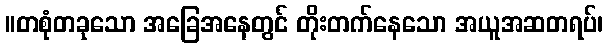
။တစုံတခုသော အခြေအနေတွင် တိုးတက်နေသော အယူအဆတရပ်၊